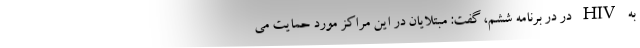
به HIV در در برنامه ششم، گفت: مبتلایان در این مراکز مورد حمایت می